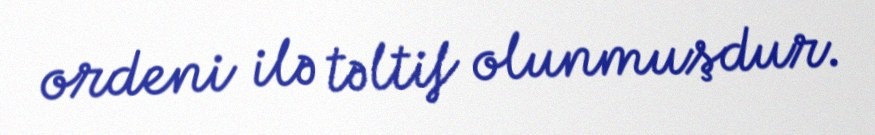
ordeni ilə təltif olunmuşdur.